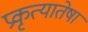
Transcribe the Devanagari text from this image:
प्रकृत्यातेषां